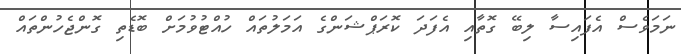
ނަމަވެސް އެފައިސާ ލިބޭ ގޮތާއި އެފަދަ ކޮރަޕްޝަންގެ އަމަލުތައް ހުއްޓުވުމަށް ބޮޑެތި ގޮންޖެހުންތައް